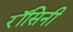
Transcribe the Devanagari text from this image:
रॉसिनी